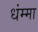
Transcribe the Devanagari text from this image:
धंम्मा